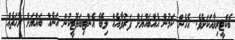
ބެކްޓީރިޔާއަކަށެވެ. އެހެން ކަމުން އެއްބައްޔަށް ފަރުވާއެއް ލިބޭ އެންޓިބަޔޮޓީކުން އަނެއް ބައްޔަށް ރާހަތެއް